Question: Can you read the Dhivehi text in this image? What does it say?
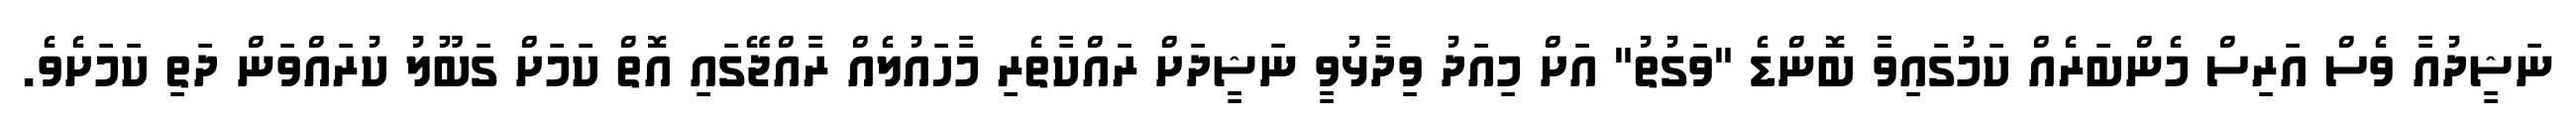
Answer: ނަޝީދުއާ ވެސް އަރިސް މެންބަރެއް ކަމުގައިވާ ބޮންޑެ "ވަގުތު" އަށް މިއަދު ވިދާޅުވީ ނަޝީދަށް ރައްކާތެރި މާހައުލެއް ރާއްޖޭގައި އޮތް ކަމަށް ގަބޫލު ކުރައްވަން ދަތި ކަމަށެވެ.